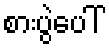
စားပွဲပေါ်